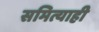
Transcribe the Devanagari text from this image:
समित्याही